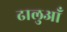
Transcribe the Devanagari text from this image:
ढालुआँ